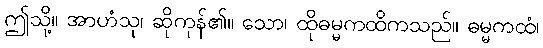
ဤသို့။ အာဟံသု၊ ဆိုကုန်၏။ သော၊ ထိုဓမ္မကထိကသည်။ ဓမ္မကထံ၊